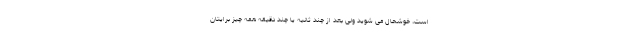
است، خوشحال می شوید ولی بعد از چند ثانیه یا چند دقیقه همه چیز برایتان